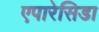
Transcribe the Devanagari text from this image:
एपारेसिडा